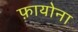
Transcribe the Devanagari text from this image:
फ़ायोना